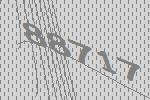
88717